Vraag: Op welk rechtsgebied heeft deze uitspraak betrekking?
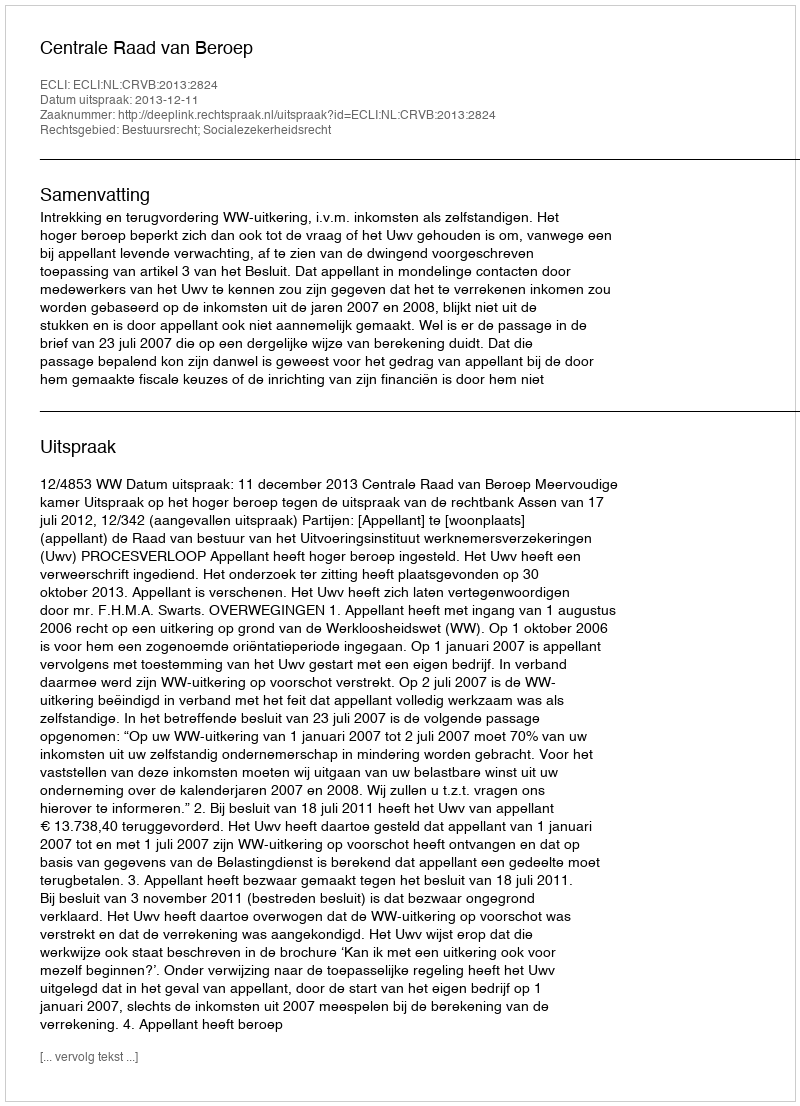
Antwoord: Bestuursrecht; Socialezekerheidsrecht